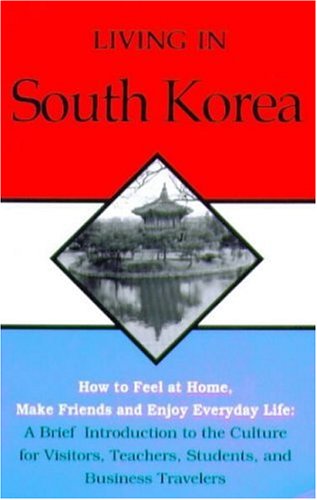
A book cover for Living In South Korea; Rob Whyte; Travel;